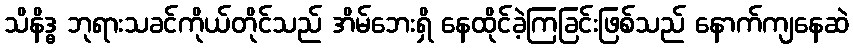
သိနိဒ္ဓ ဘုရားသခင်ကိုယ်တိုင်သည် အိမ်ဘေးရှိ နေထိုင်ခဲ့ကြခြင်းဖြစ်သည် နောက်ကျနေဆဲ